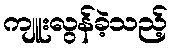
ကျူးလွန်ခဲ့သည့်